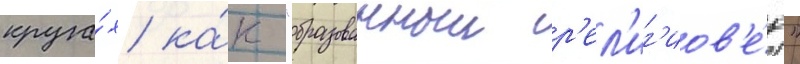
круга́х ка́к "образованныи р'ел'иг'иов'е́д"